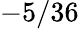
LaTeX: -5/36